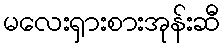
မလေးရှားစားအုန်းဆီ